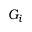
G _ { i }